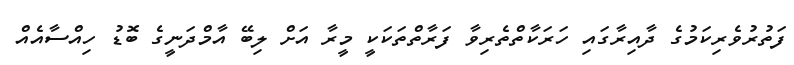
ފަތުރުވެރިކަމުގެ ދާއިރާގައި ހަރަކާތްތެރިވާ ފަރާތްތަކަކީ މީރާ އަށް ލިބޭ އާމްދަނީގެ ބޮޑު ހިއްސާއެއް